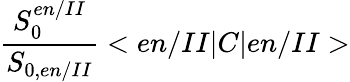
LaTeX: \frac{S_{0}^{en/II}}{S_{0,en/II}}<en/II|C|en/II>